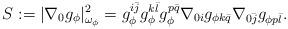
LaTeX: \begin{align*}S:=|\nabla_0 g_{\phi}|_{\omega_{\phi}}^2=g_{\phi}^{i\bar{j}}g_{\phi}^{k\bar{l}}g_{\phi}^{p\bar{q}}\nabla_{0i} g_{\phi k \bar{q}} \nabla_{0\bar{j}} g_{\phi p \bar{l}}.\end{align*}